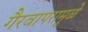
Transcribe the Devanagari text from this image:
गैरवापरामुळे